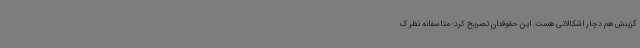
گزینش هم دچار اشکالاتی هست. این حقوقدان تصریح کرد: متاسفانه نظر ک